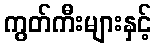
ကွတ်ကီးများနှင့်